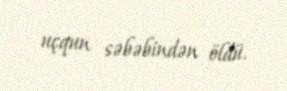
uçqun səbəbindən öldü.